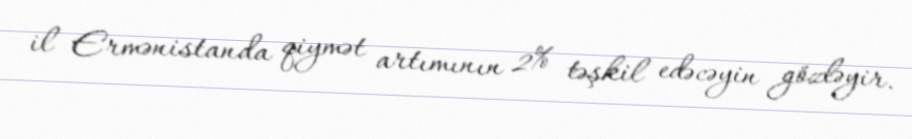
il Ermənistanda qiymət artımının 2% təşkil edəcəyin gözləyir.